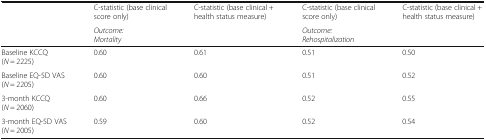
<table><thead><tr><td></td><td><b>C-statistic (base clinical score only)</b></td><td><b>C-statistic (base clinical + health status measure)</b></td><td><b>C-statistic (base clinical score only)</b></td><td><b>C-statistic (base clinical + health status measure)</b></td></tr><tr><td></td><td colspan="2"><b><i>Outcome:</i><i>Mortality</i></b></td><td colspan="2"><b><i>Outcome:</i><i>Rehospitalization</i></b></td></tr></thead><tbody><tr><td>Baseline KCCQ(<i>N</i> = 2225)</td><td>0.60</td><td>0.61</td><td>0.51</td><td>0.50</td></tr><tr><td>Baseline EQ-5D VAS(<i>N</i> = 2205)</td><td>0.60</td><td>0.60</td><td>0.51</td><td>0.52</td></tr><tr><td>3-month KCCQ(<i>N</i> = 2060)</td><td>0.60</td><td>0.66</td><td>0.52</td><td>0.55</td></tr><tr><td>3-month EQ-5D VAS(<i>N</i> = 2005)</td><td>0.59</td><td>0.60</td><td>0.52</td><td>0.54</td></tr></tbody></table>